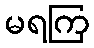
မရကြ